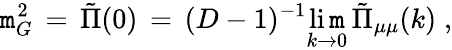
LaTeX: \mathtt{m}_{G}^{2}\, =\, {\tilde{{\Pi}}}(0)\, =\, (D-1)^{-1}\operatorname*{li\mathtt{m}}_{k\to0}\, {\tilde{{\Pi}}}_{\mu\mu}(k)\; ,